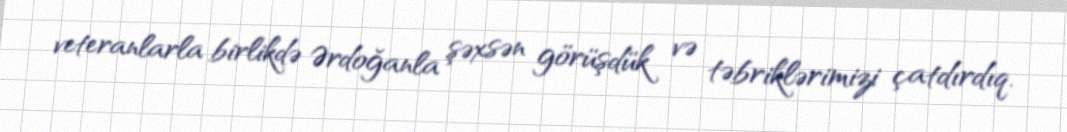
veteranlarla birlikdə Ərdoğanla şəxsən görüşdük və təbriklərimizi çatdırdıq.